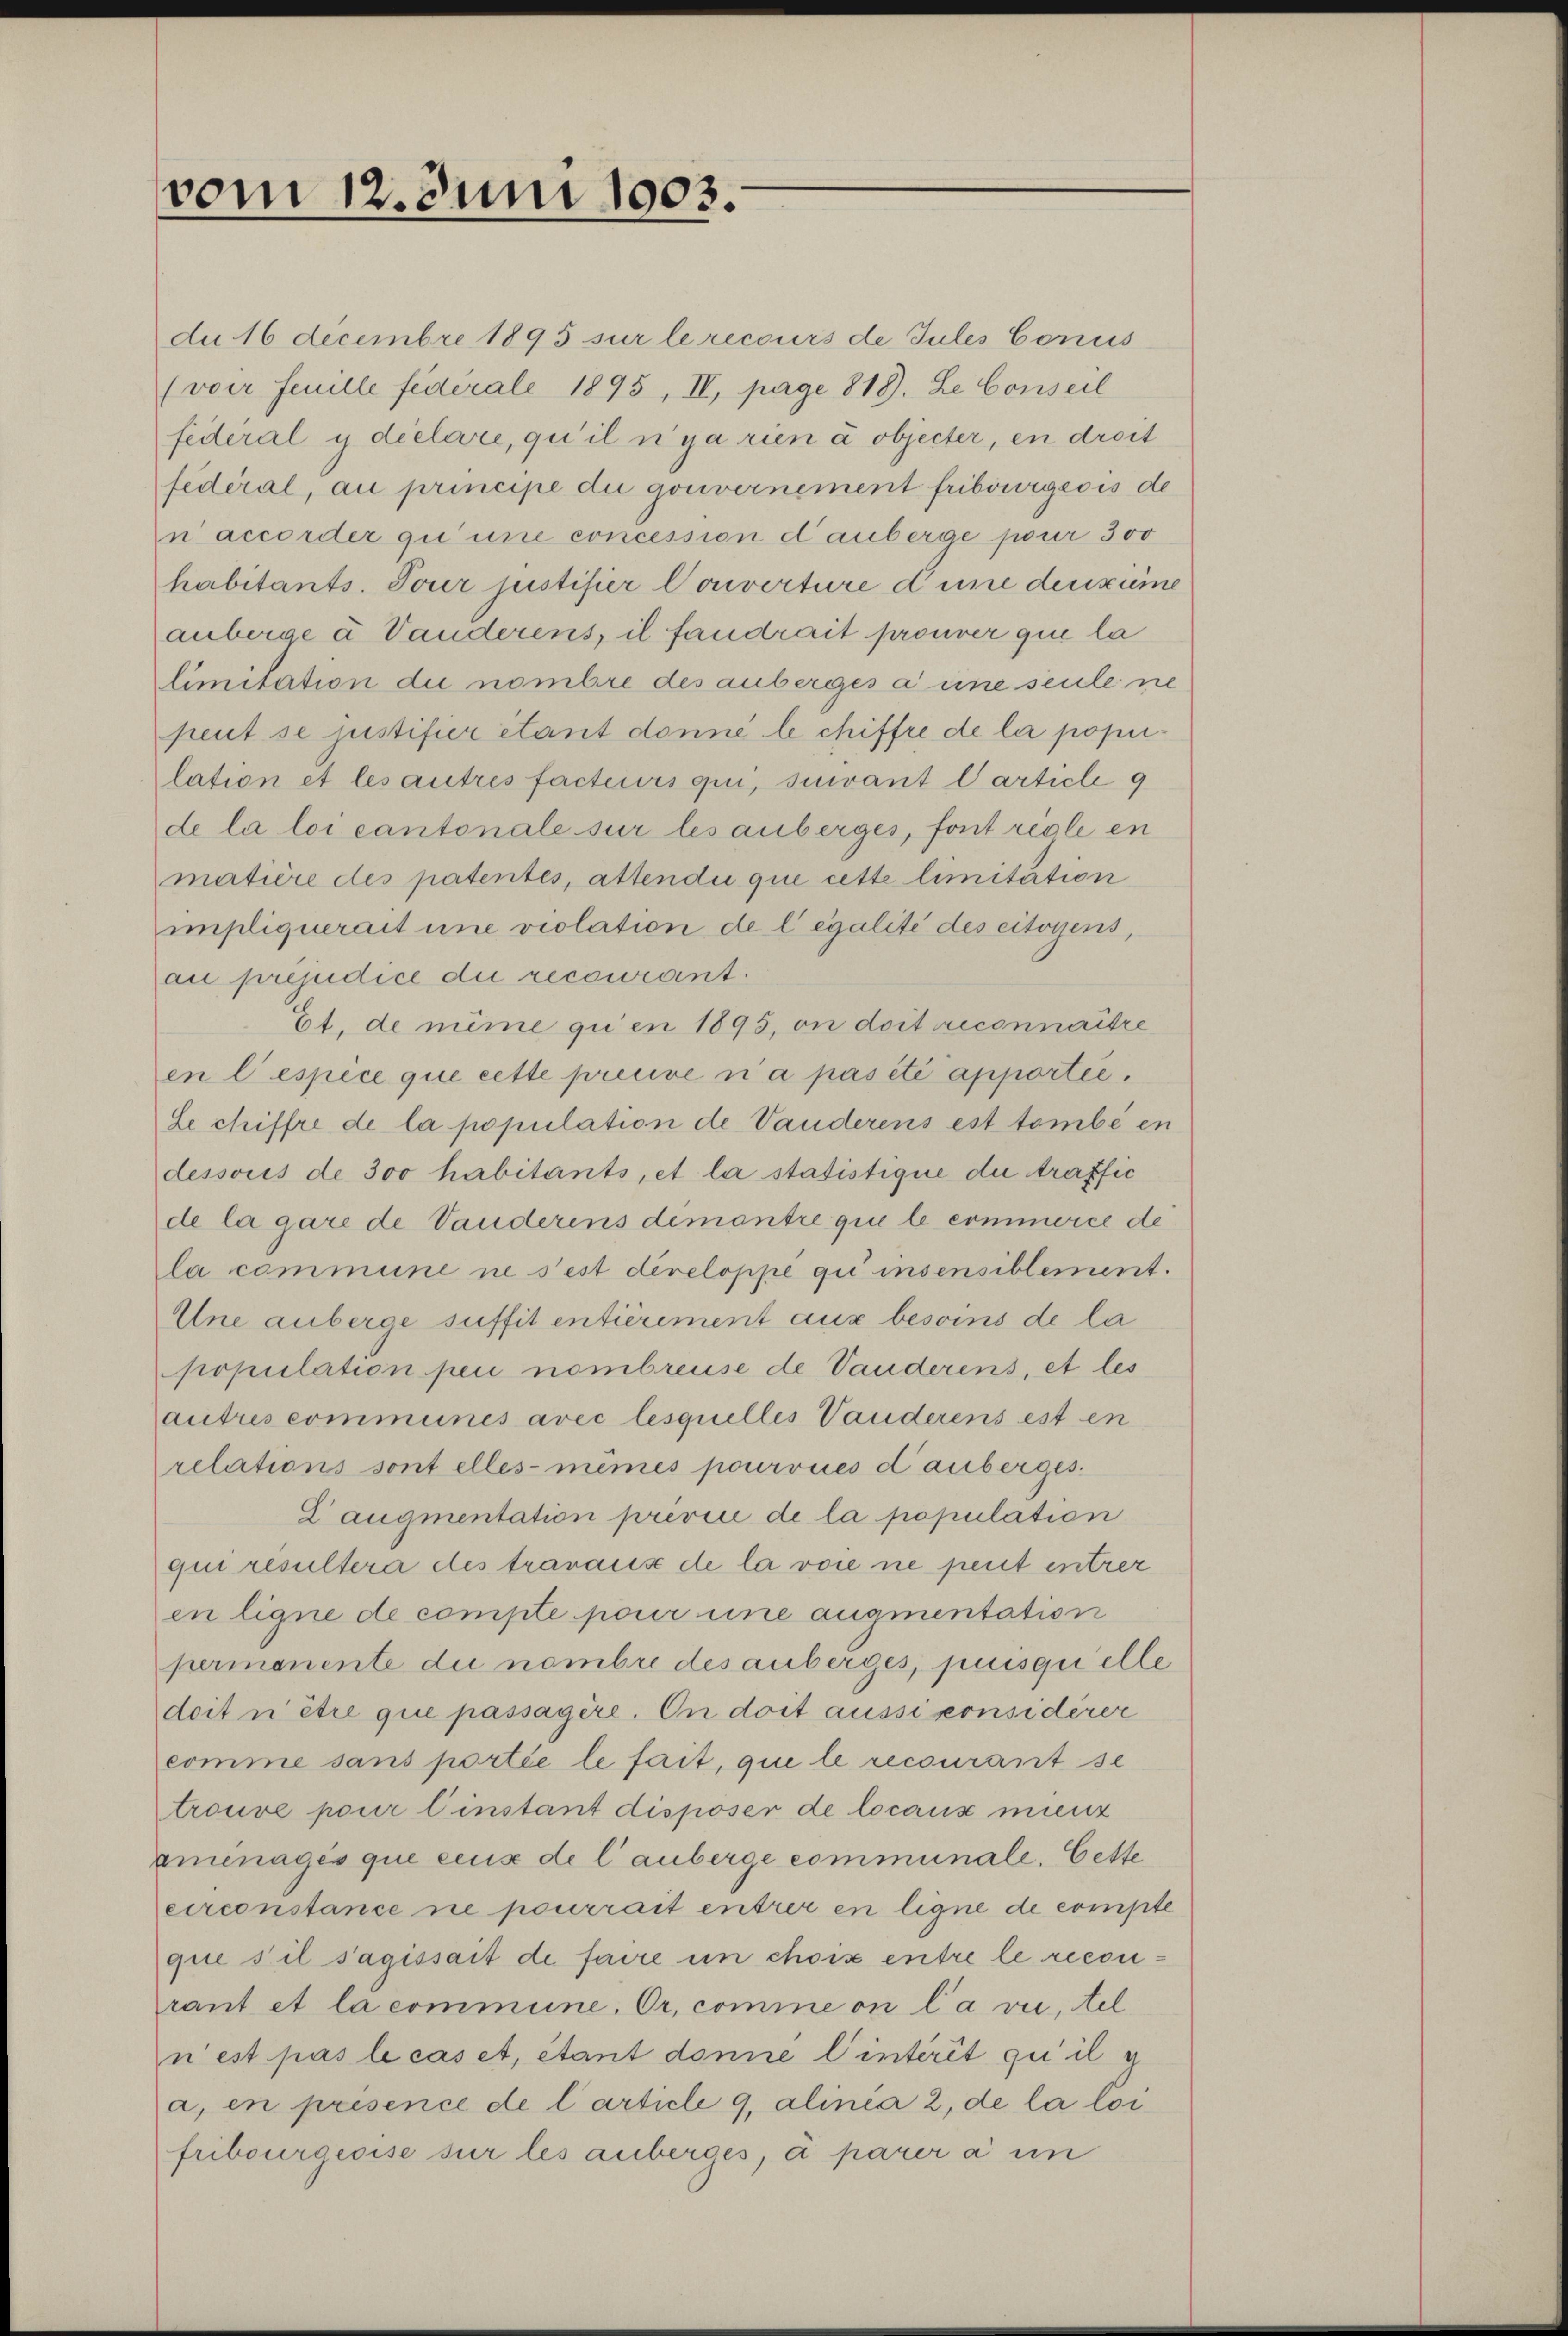
vom 12. Juni 1903.

d 16 Decembre 1895 sur le recours de Jules Conus
(voer Feuille fédérale 1895, II, pag. 818. Le Conseil
federal y déclare, qui il n’y a rien à objecter, en droit
fédéral, au principe du gouvernement fribourgeois de
n accorder gu une concession dauberge pour 300
habitants. Tour justifier Converture d’une deuxime
anberge à Vauderens, il fandrait prouver que la
limitation die nombre des anberges à une seule ne
peut se justifier étant donne le chiffre de la population et les autres facteurs qui, suivant Carticle 9
de la loi cantonale sur les anberges, font regle en
matière des patentes, attendii que cette limitation
impliquerait une violation de legalité des citoyens,
au préjudice die recourant.
Et, de nime qu’en 1895, on doit reconnaitre
en lespèce que cette preuve n’a pas été apportie.
Le chiffre de la population de Vauderens est tombé en
dessoris de 300 habitants, et la statistique die traffic
de la gare de Vauderins demantre que le commerce de
la commune ne s’est dereloppe gu insensiblement.
Une anberge suffit entièrement aux besoins de la
population pei nombreuse de Vauderens, et les
autres communes avec lesquelles Vanderens est en
relations sont elles-mêmes pourvues dauberges.
L augmentation previc de la population
qui résultera des travaus de la voie ne peut entrer
en ligne de compte pour eine augmentation
permanente du nombre des anberges, puisquelle
doit n être que passagère. On doit aussi considèrer
comme sans portie le fait, que le recourant se
trouve pour einstant disposer de locans mienz
prenages que ceux de lauberge communale. Cette
eirconstance ne pourrait entrer en ligne de compte
que s’il s’agissait de faire in choix entre le reconrant et la commune. Or, comme on la vie, tel
n’est pas le caset, étant donne l’interit qui il g
a, en présence de l’article 9, alinea 2, de la loi
fribourgeoise sur les anberges, à parer a un